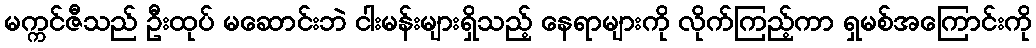
မက္ကင်ဇီသည် ဦးထုပ် မဆောင်းဘဲ ငါးမန်းများရှိသည့် နေရာများကို လိုက်ကြည့်ကာ ရှမစ်အကြောင်းကို